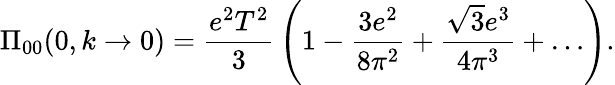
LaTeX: \Pi_{00}(0,k\to 0)={\frac{e^{2}T^{2}}{3}}\left(1-{\frac{3e^{2}}{8\pi^{2}}}+{\frac{\sqrt 3e^{3}}{4\pi^{3}}}+\ldots\right).